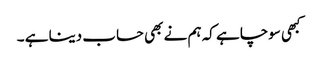
کبھی سوچا ہے کہ ہم نے بھی حساب دینا ہے ۔